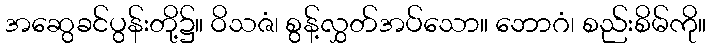
အဆွေခင်ပွန်းတို့၌။ ဝိသဇံ၊ စွန့်လွှတ်အပ်သော။ ဘောဂံ၊ စည်းစိမ်ကို။